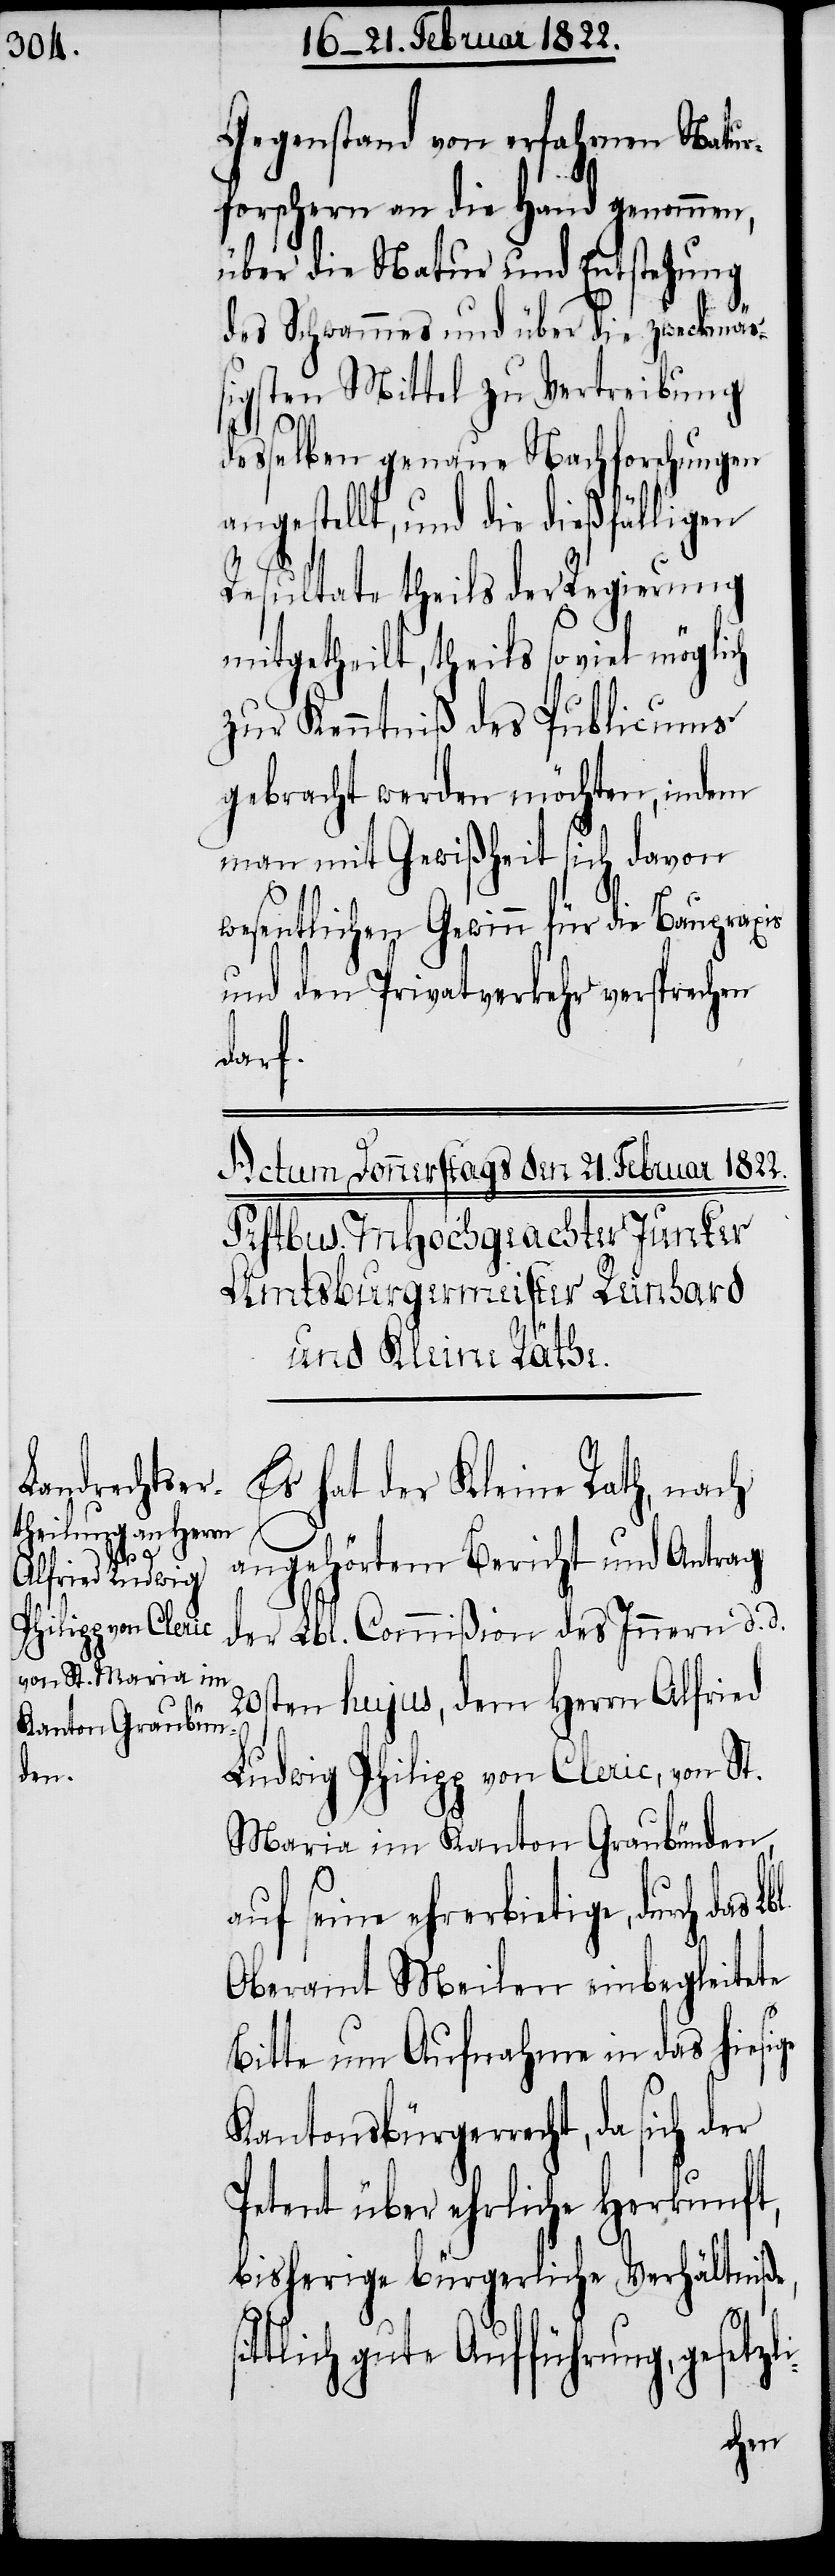
zli-

Gegenstand von erfahrnen Natur¬
forschern an die Hand genommen,
über die Natur und Entstehung
des Schwammes und über die zweckmäß¬
igsten Mittel zu Vertreibung
desselben genaue Nachforschungen
angestellt, und die dießfälligen
Resultate theils der Regierung
mitgetheilt, theils so viel möglich
zur Kenntniß des Publicums
gebracht werden möchten, indem
man mit Gewißheit sich davon
wesentlichen Gewinn für die Baupraxis
und den Privatverkehr versprechen
darf.
Es hat der Kleine Rath, nach
angehörtem Bericht und Antrag
der Lbl. Commißion des Innern d. d.
20sten hujus, dem Herrn Alfried
Ludwig Philipp von Cleric, von St.
Maria im Kanton Graubünden,
auf seine ehrerbietige, durch das
Oberamt Meilen einbegleitete
Bitte um Aufnahme in das hiesige
Kantonsbürgerrecht, da sich der
Petent über ehrliche Herkunft,
bisherige bürgerliche Verhältniße,
tlich gute Aufführung, geset¬